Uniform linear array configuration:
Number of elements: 24
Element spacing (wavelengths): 1
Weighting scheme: exponential
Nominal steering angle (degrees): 60
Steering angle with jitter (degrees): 60.91
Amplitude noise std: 0.05
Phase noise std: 0.05

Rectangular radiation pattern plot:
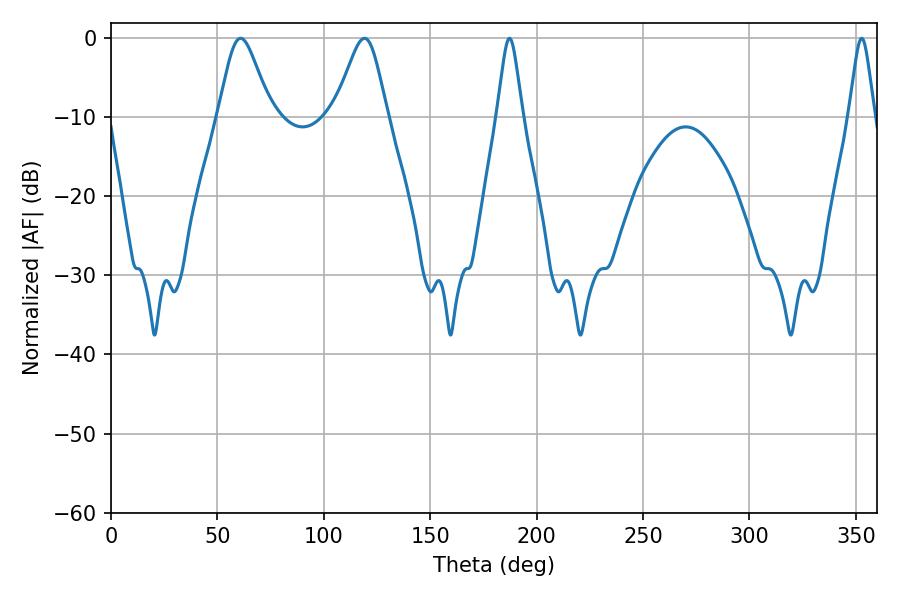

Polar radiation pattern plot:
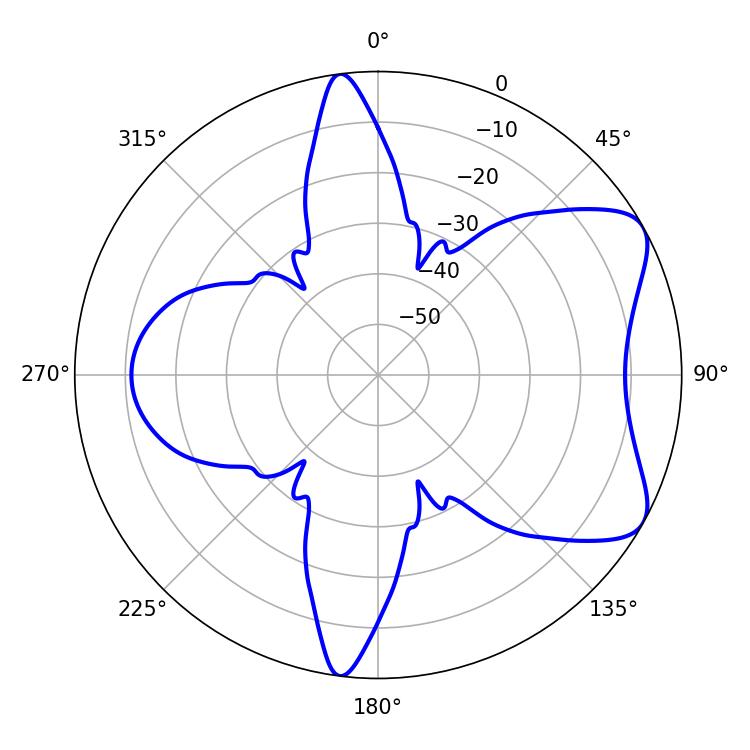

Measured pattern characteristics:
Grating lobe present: TRUE
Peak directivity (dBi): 6.907
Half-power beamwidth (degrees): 12.06
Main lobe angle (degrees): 60.84